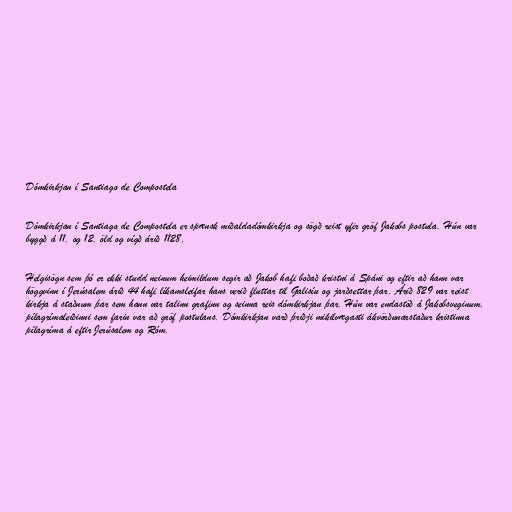
Dómkirkjan í Santiago de Compostela

Dómkirkjan í Santiago de Compostela er spænsk miðaldadómkirkja og sögð reist yfir gröf Jakobs postula. Hún var
byggð á 11. og 12. öld og vígð árið 1128.

Helgisögn sem þó er ekki studd neinum heimildum segir að Jakob hafi boðað kristni á Spáni og eftir að hann var
höggvinn í Jerúsalem árið 44 hafi líkamsleifar hans verið fluttar til Galisíu og jarðsettar þar. Árið 829 var reist
kirkja á staðnum þar sem hann var talinn grafinn og seinna reis dómkirkjan þar. Hún var endastöð á Jakobsveginum,
pílagrímaleiðinni sem farin var að gröf postulans. Dómkirkjan varð þriðji mikilvægasti ákvörðunarstaður kristinna
pílagríma á eftir Jerúsalem og Róm.